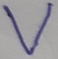
Text: V